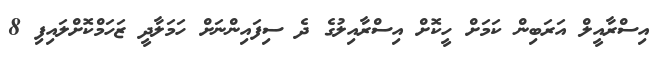
އިސްރާއީލް އަރަބިން ކަމަށް ހީކޮށް އިސްރާއިލުގެ ދެ ސިފައިންނަށް ހަމަލާދީ ޒަހަމްކޮށްލައިފި 8